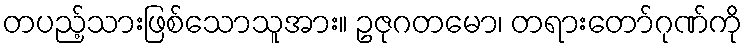
တပည့်သားဖြစ်သောသူအား။ ဥဇုဂတမော၊ တရားတော်ဂုဏ်ကို